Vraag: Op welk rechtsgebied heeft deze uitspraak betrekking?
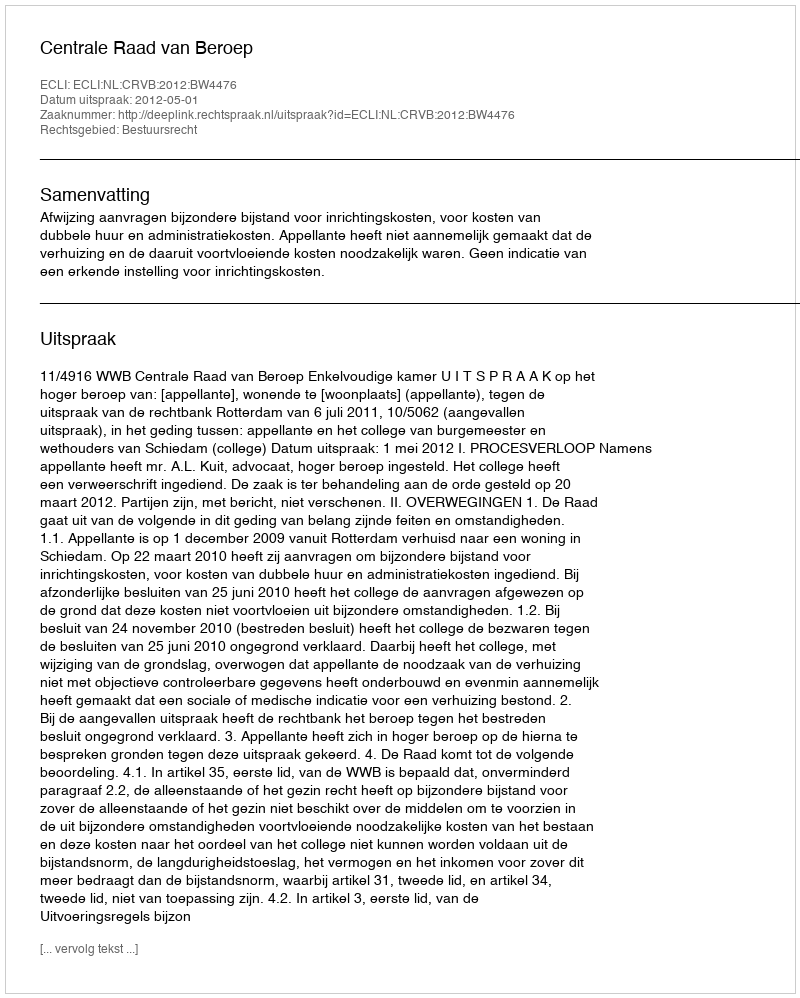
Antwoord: Bestuursrecht